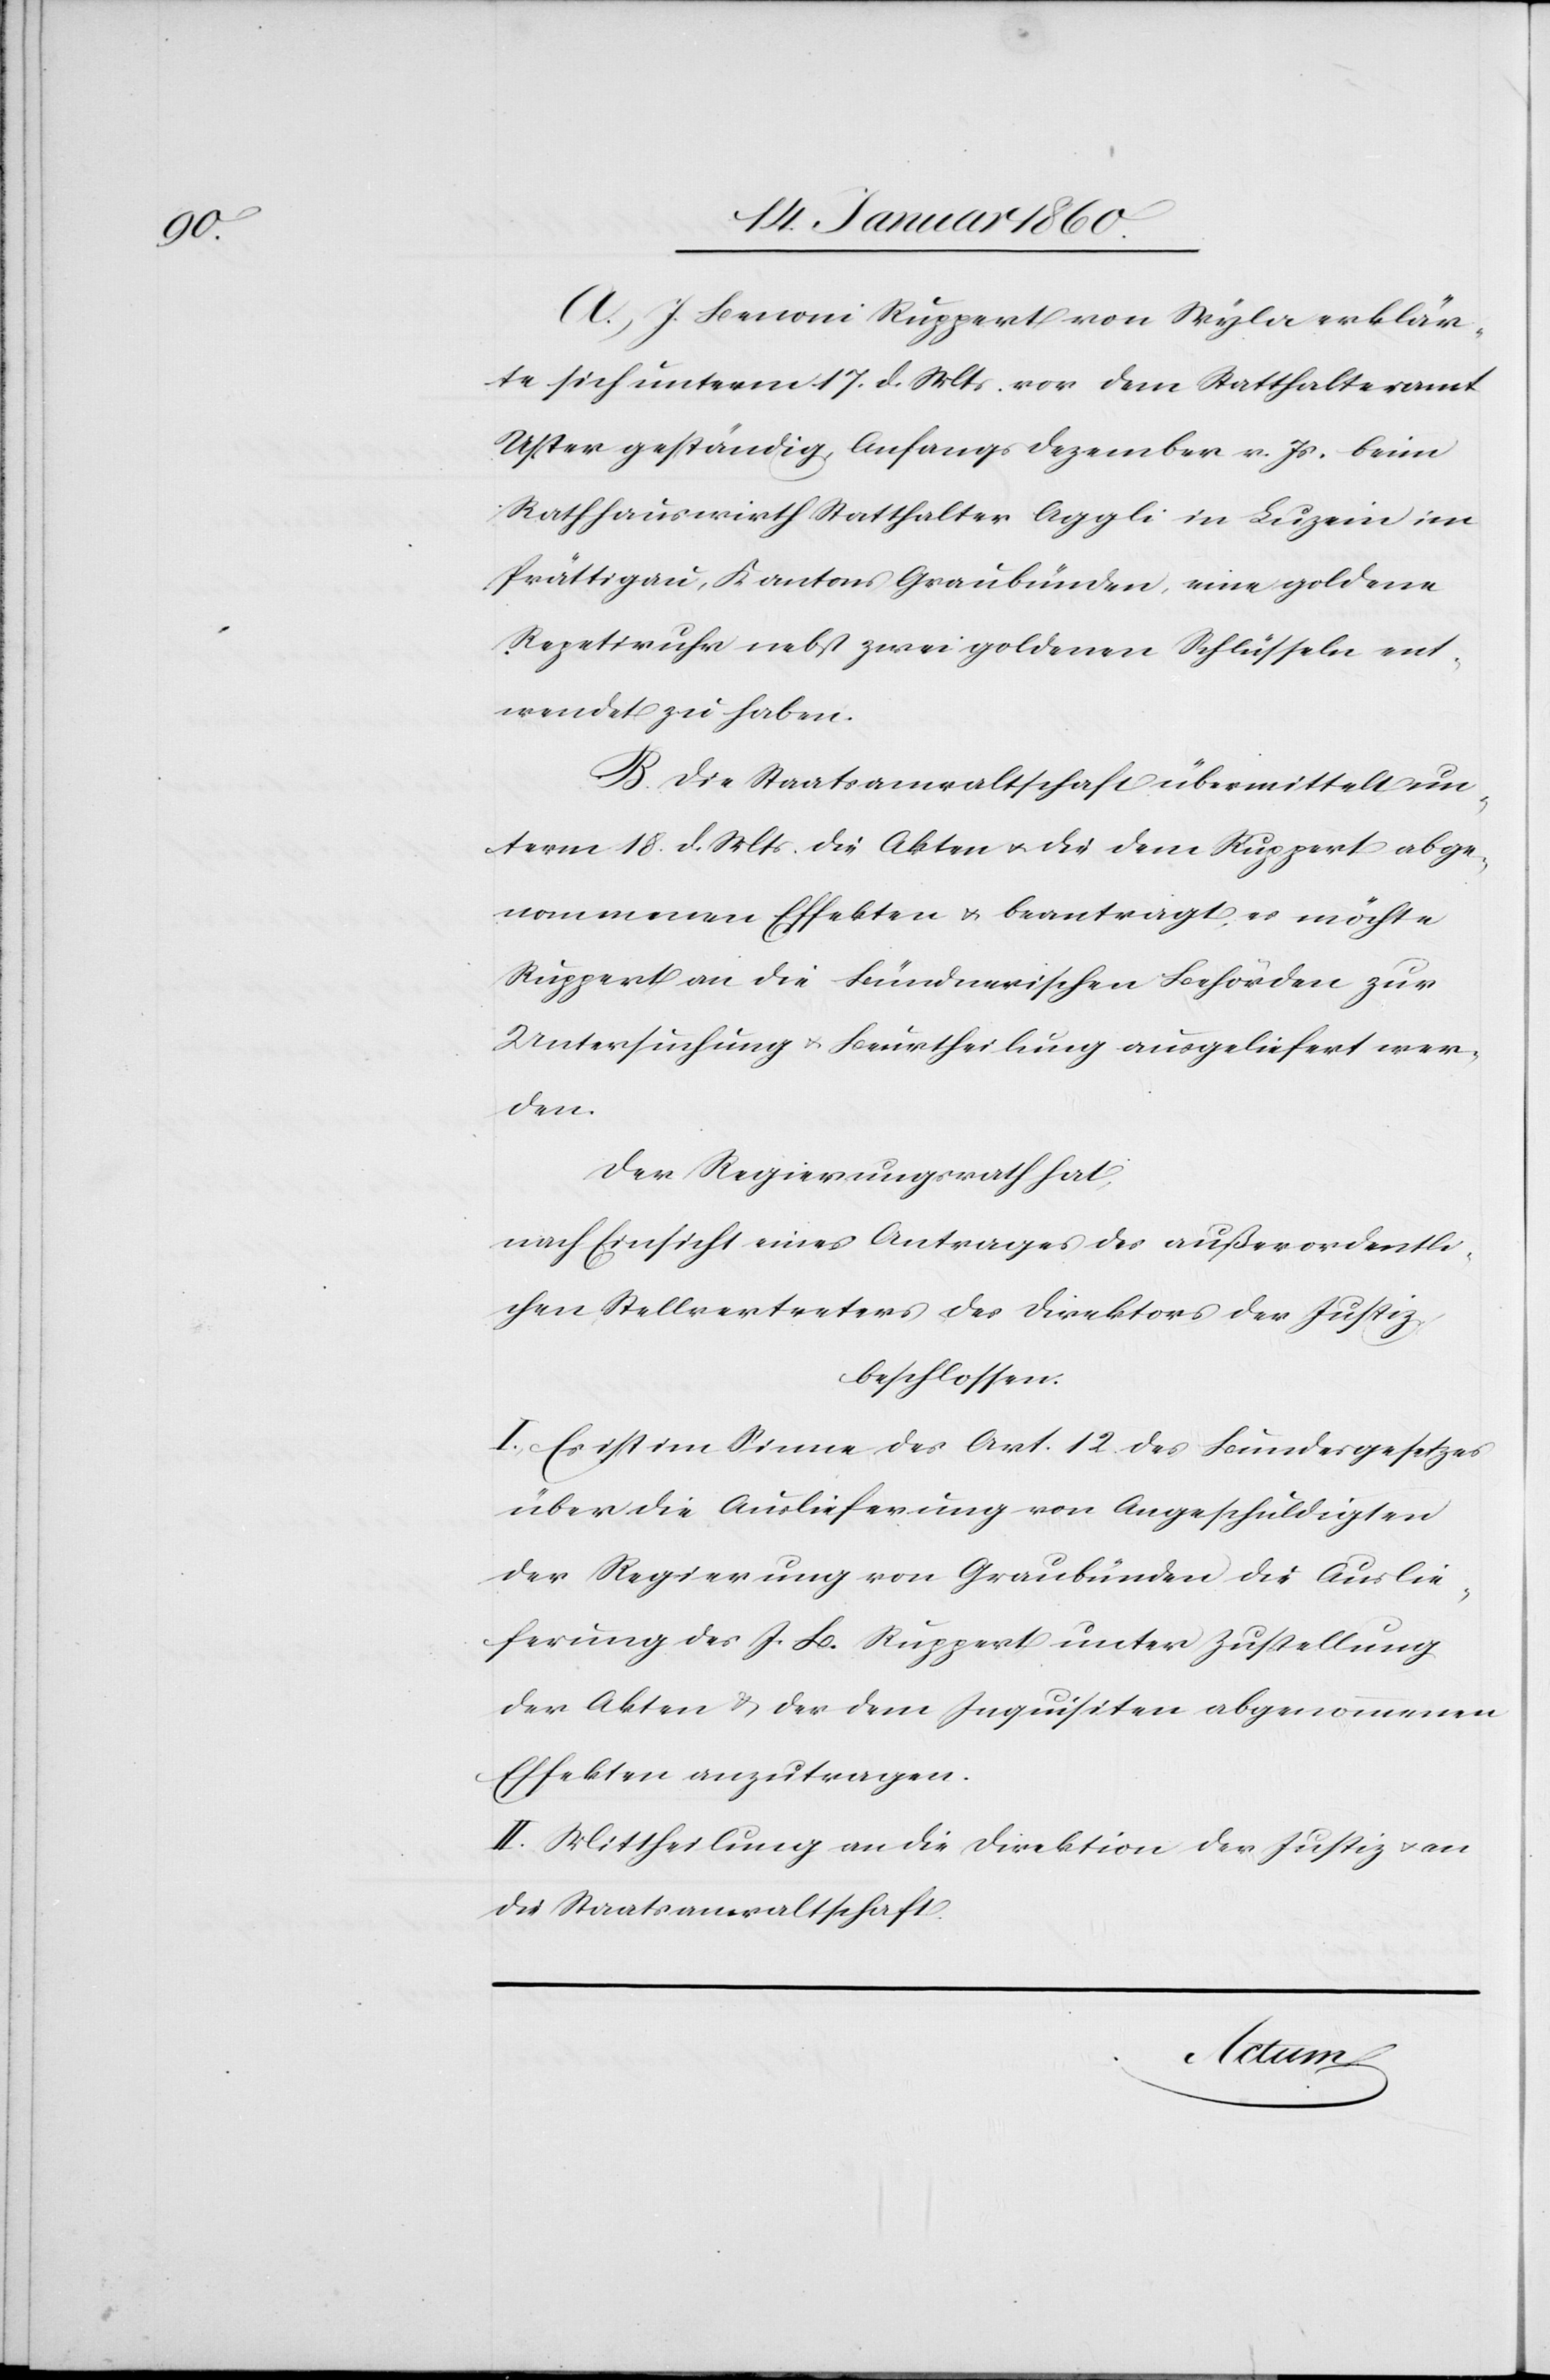
A. J. Benoni Ruppert von Wyla erklär¬
te sich unterm 17. d. Mts. vor dem Statthalteramt
Uster geständig, Anfangs Dezember v. Js. beim
Rathhauswirth Statthalter Appli in Luzein im
Prättigau, Kanton Graubünden, eine goldene
Repetiruhr nebst zwei goldenen Schlüsseln ent¬
wendet zu haben.
B. Die Staatsanwaltschaft übermittelt un¬
term 18. d. Mts. die Akten u. die dem Ruppert abge¬
nommenen Effekten u. beantragt es möchte
Ruppert an die Bündnerischen Behörden zur
Untersuchung u. Beurtheilung ausgeliefert wer¬
den.
Der Regierungsrath hat,
nach Einsicht eines Antrages des außerordentli¬
chen Stellvertreters des Direktors der Justiz
beschlossen:
I. Es ist im Sinne des Art. 12. des Bundesgesetzes
über die Auslieferung von Angeschuldigten
der Regierung von Graubünden die Auslie¬
ferung des J. B. Ruppert unter Zustellung
der Akten u. der dem Inquisiten abgenommenen
Effekten anzutragen.
II. Mittheilung an die Direktion der Justiz u. an
die Staatsanwaltschaft.